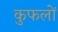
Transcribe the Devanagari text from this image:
कुफलों